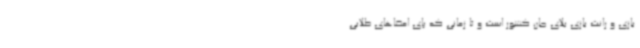
بازی و رانت بازی بلای جان کشور است و تا زمانی که پای امضاهای طلایی